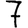
Digit: 7